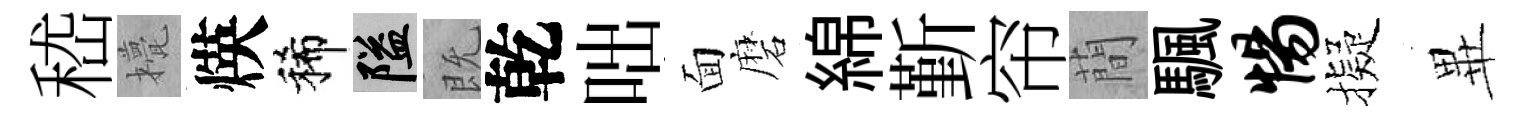
嵇甍煐稀隘既乾咄面磨綿斳帘蕳颿惕擬𭺾